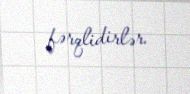
fərqlidirlər.